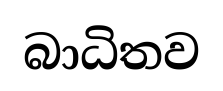
බාධිතව